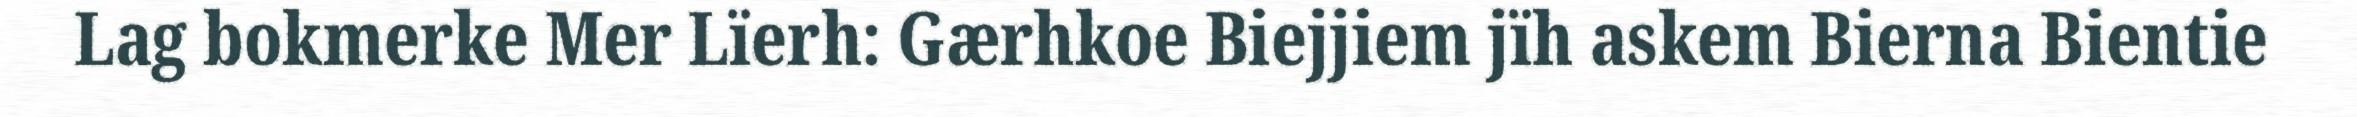
Lag bokmerke Mer Lïerh: Gærhkoe Biejjiem jïh askem Bierna Bientie